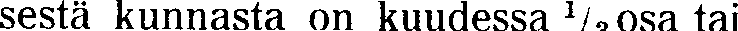
sestä kunnasta on kuudessa ⅓ osa tai